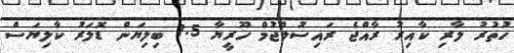
ހުތުރު ލާރި ކާއިރު ރާއްޖެ ރައިސުލްޖުމް ހޫރީޔާ 1.5 ބިލިޔަން ޑޮލަރު ކާލިޔަސް